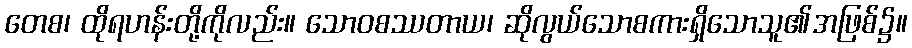
တေစ၊ ထိုရဟန်းတို့ကိုလည်း။ သောဝစဿတာယ၊ ဆိုလွယ်သောစကားရှိသောသူ၏အဖြစ်၌။